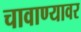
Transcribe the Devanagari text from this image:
चावाण्यावर